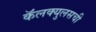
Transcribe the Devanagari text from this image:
कॅलक्युलसची